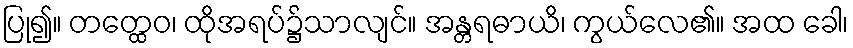
ပြု၍။ တတ္ထေဝ၊ ထိုအရပ်၌သာလျင်။ အန္တရဓာယိ၊ ကွယ်လေ၏။ အထ ခေါ၊